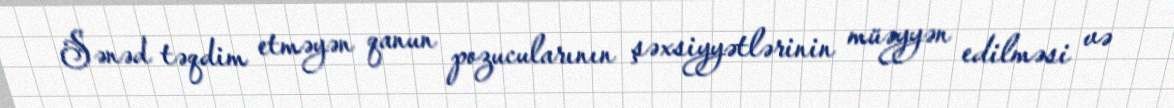
Sənəd təqdim etməyən qanun pozucularının şəxsiyyətlərinin müəyyən edilməsi və